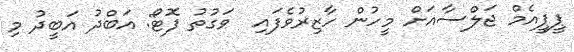
ޕީޕީއެމް ޖަލްސާއަށް މީހުން ހާޒިރުވެފައި  ވަގުތު ފޮޓޯ: އަބްދު އަބީދު މި